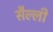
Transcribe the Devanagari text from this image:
सैल्ली